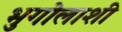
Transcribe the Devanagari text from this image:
भुगोलाशी